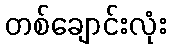
တစ်ချောင်းလုံး